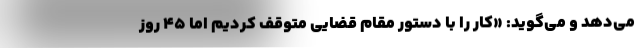
می‌دهد و می‌گوید: «کار را با دستور مقام قضایی متوقف کردیم اما ۴۵ روز